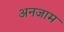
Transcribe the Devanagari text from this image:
अनजाम